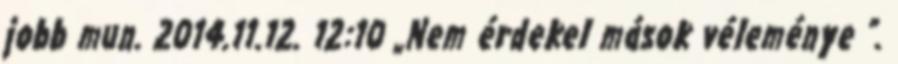
jobb mun. 2014.11.12. 12:10 „Nem érdekel mások véleménye ”.